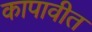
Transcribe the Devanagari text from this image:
कापावीत